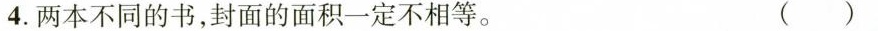
4.两本不同的书，封面的面积一定不相等。 ()